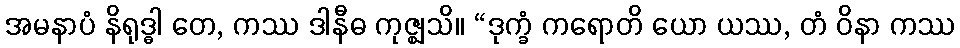
အမနာပံ နိရုဒ္ဓါ တေ, ကဿ ဒါနီဓ ကုဇ္ဈသိ။ “ဒုက္ခံ ကရောတိ ယော ယဿ, တံ ဝိနာ ကဿ